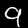
Digit: 9